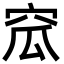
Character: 窊